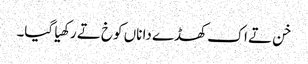
خن تے اک کھڈے دا ناں کوخ تے رکھیا گیا۔